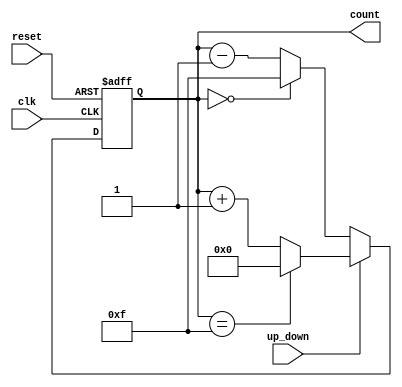
module up_down_counter #(
    parameter WIDTH = 4  // Width of the counter (number of bits)
)(
    input wire clk,        // Clock input
    input wire up_down,    // Control signal for counting direction
    input wire reset,      // Asynchronous reset signal
    output reg [WIDTH-1:0] count // Counter output
);

    // Asynchronous reset and counting logic
    always @(posedge clk or posedge reset) begin
        if (reset) begin
            count <= 0; // Reset the counter to zero
        end else begin
            if (up_down) begin
                // Count up
                if (count == (1 << WIDTH) - 1) begin
                    count <= 0; // Wrap around to zero
                end else begin
                    count <= count + 1; // Increment the count
                end
            end else begin
                // Count down
                if (count == 0) begin
                    count <= (1 << WIDTH) - 1; // Wrap around to max value
                end else begin
                    count <= count - 1; // Decrement the count
                end
            end
        end
    end

endmodule